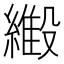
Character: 𬗿